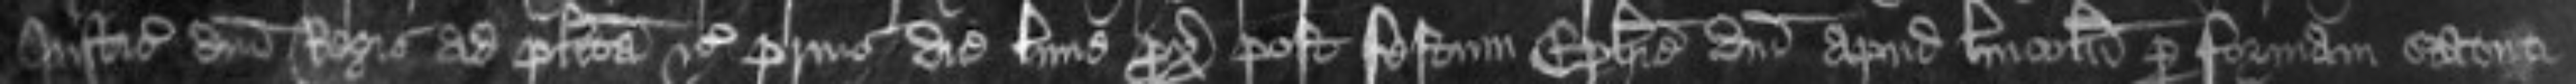
Justiciariorum domini Regis ad placita etc prius die Lune proxima post festum Epiphanie domini apud Lincolniam per formam statuti